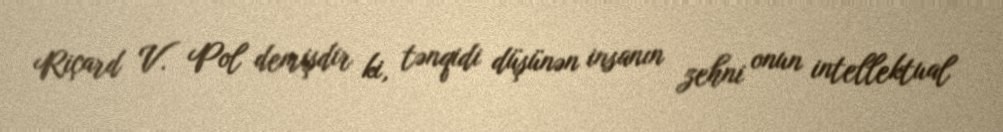
Riçard V. Pol demişdir ki, tənqidi düşünən insanın zehni onun intellektual